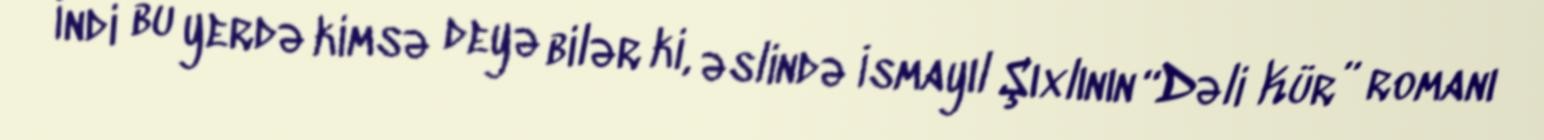
İndi bu yerdə kimsə deyə bilər ki, əslində İsmayıl Şıxlının “Dəli Kür” romanı